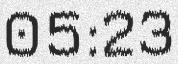
05:23